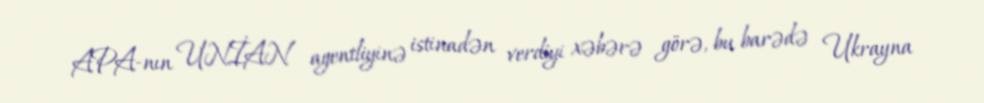
APA-nın UNİAN agentliyinə istinadən verdiyi xəbərə görə, bu barədə Ukrayna